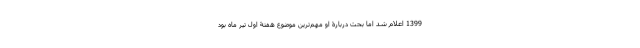
1399 اعلام شد اما بحث دربارۀ او مهم‌ترین موضوع هفتۀ اول تیر ماه بود